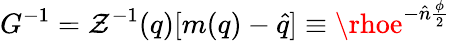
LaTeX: G^{-1}=\mathcal{Z}^{-1}(q)[m(q)-\hat{{q}}]\equiv\rhoe^{-\hat{{n}}\frac{{\phi}}{{2}}}